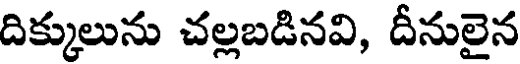
దిక్కులును చల్లబడినవి, దీనులైన